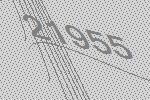
21955